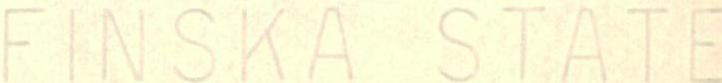
FINSKA STATE